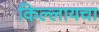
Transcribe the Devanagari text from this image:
किल्लायचा